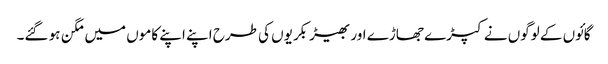
گائوں کے لوگوں نے کپڑے جھاڑے اور بھیڑ بکریوں کی طرح اپنے اپنے کاموں میں مگن ہو گئے۔